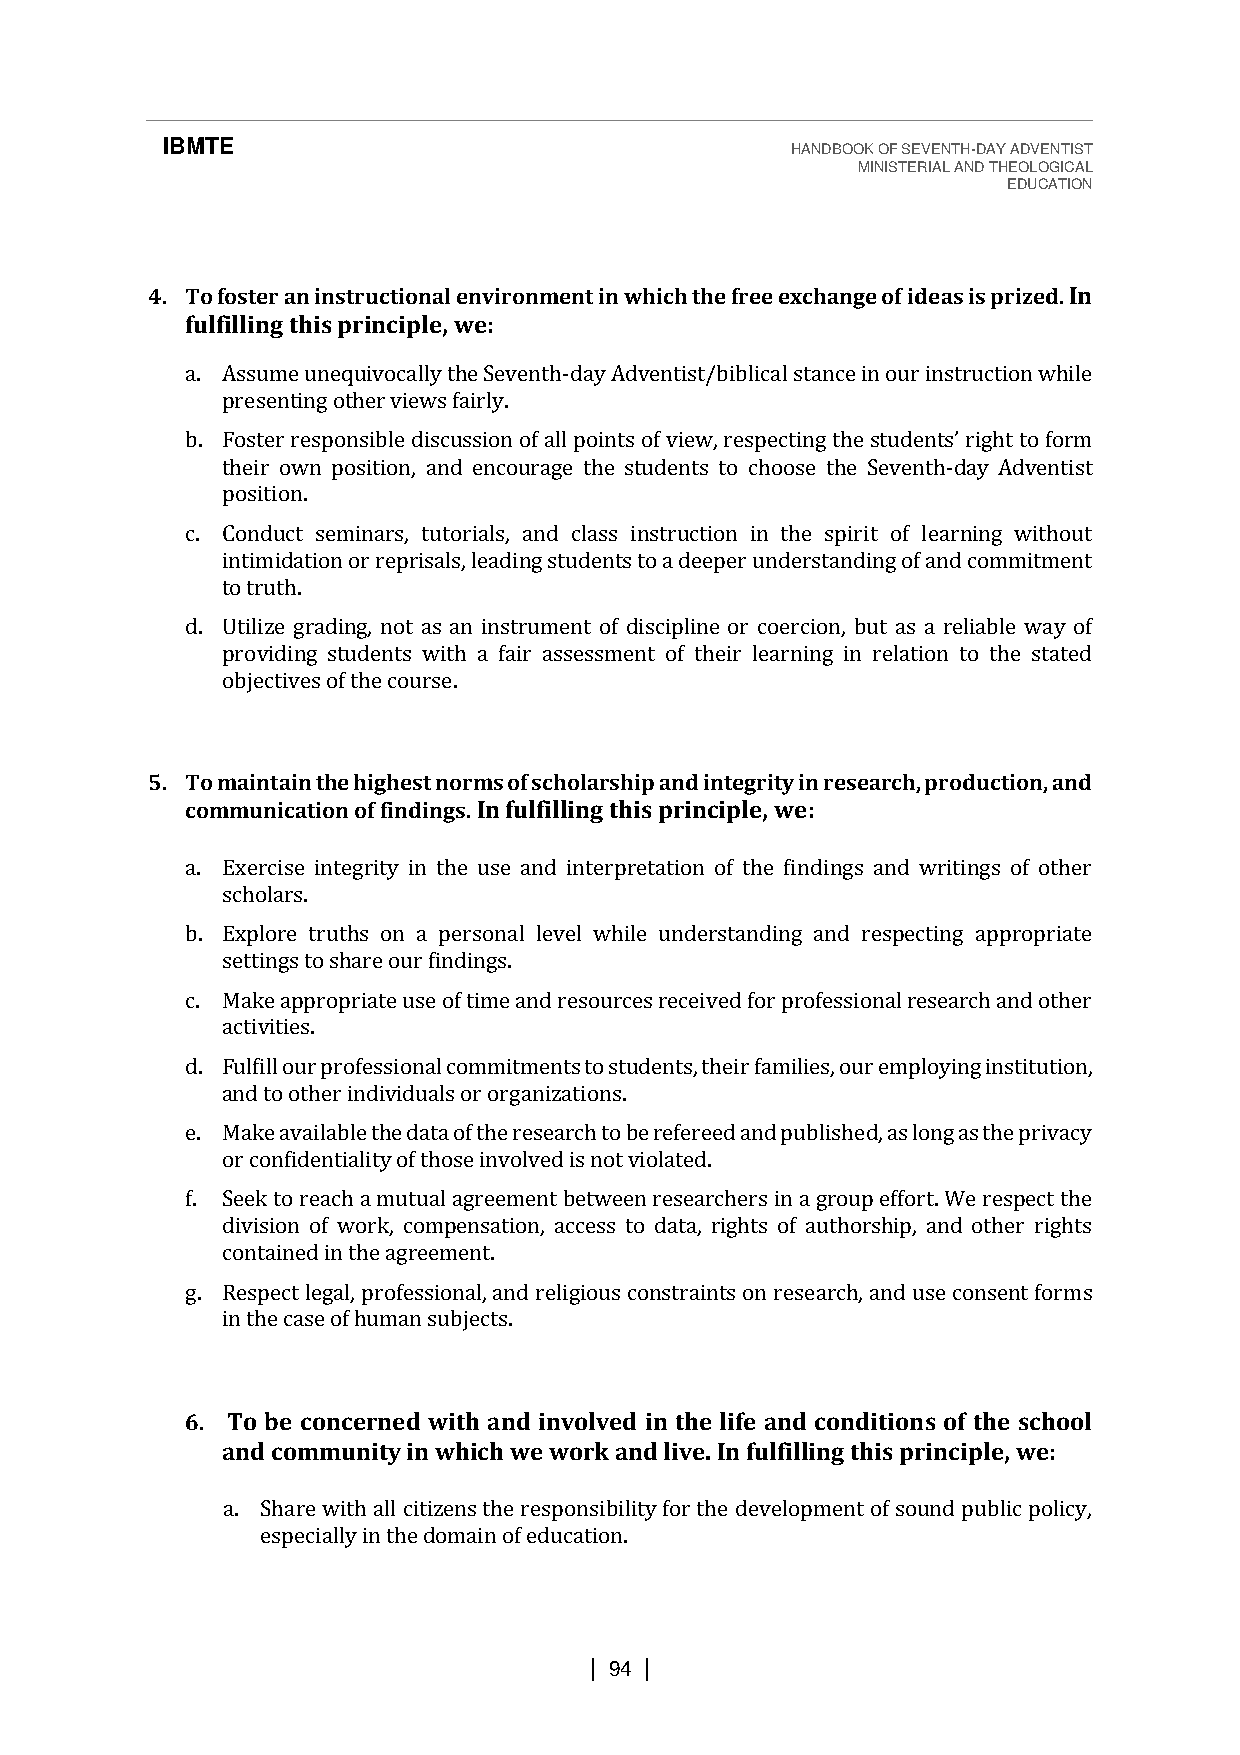
IBMTE                                    HANDBOOK OF SEVENTH-DAY ADVENTIST
 MINISTERIAL AND THEOLOGICAL
 EDUCATION
 4. To foster an instructional environment in which the free exchange of ideas is prized. In
 fulfilling this principle, we:
 a. Assume unequivocally the Seventh-day Adventist/biblical stance in our instruction while
 presenting other views fairly.
 b. Foster responsible discussion of all points of view, respecting the
 their own position, and encourage the students to choose the Seventh-day Adventist
 position.                                  students’ right to form
 c. Conduct seminars, tutorials, and class instruction in the spirit of learning without
 intimidation or reprisals, leading students to a deeper understanding of and commitment
 to truth.
 d. Utilize grading, not as an instrument of discipline or coercion, but as a reliable way of
 providing students with a fair assessment of their learning in relation to the stated
 objectives of the course.
 5. To maintain the highest norms of scholarship and integrity in research, production, and
 communication of findings. In fulfilling this principle, we:
 a. Exercise integrity in the use and interpretation of the findings and writings of other
 scholars.
 b. Explore truths on a personal level while understanding and respecting appropriate
 settings to share our findings.
 c. Make appropriate use of time and resources received for professional research and other
 activities.
 d. Fulfill our professional commitments to students, their families, our employing institution,
 and to other individuals or organizations.
 e. Make available the data of the research to be refereed and published, as long as the privacy
 or confidentiality of those involved is not violated.
 f. Seek to reach a mutual agreement between researchers in a group effort. We respect the
 division of work, compensation, access to data, rights of authorship, and other rights
 contained in the agreement.
 g. Respect legal, professional, and religious constraints on research, and use consent forms
 in the case of human subjects.
 6. To be concerned with and involved in the life and conditions of the school
 and community in which we work and live. In fulfilling this principle, we:
 a. Share with all citizens the responsibility for the development of sound public policy,
 especially in the domain of education.
 | 94 |